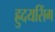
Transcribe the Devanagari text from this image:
ह्रुदयसिंग